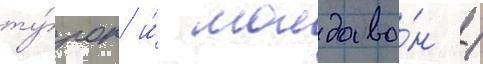
ту́рок и́ молдава́н /